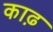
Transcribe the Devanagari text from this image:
काढ़